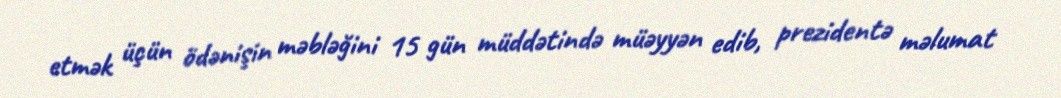
etmək üçün ödənişin məbləğini 15 gün müddətində müəyyən edib, prezidentə məlumat